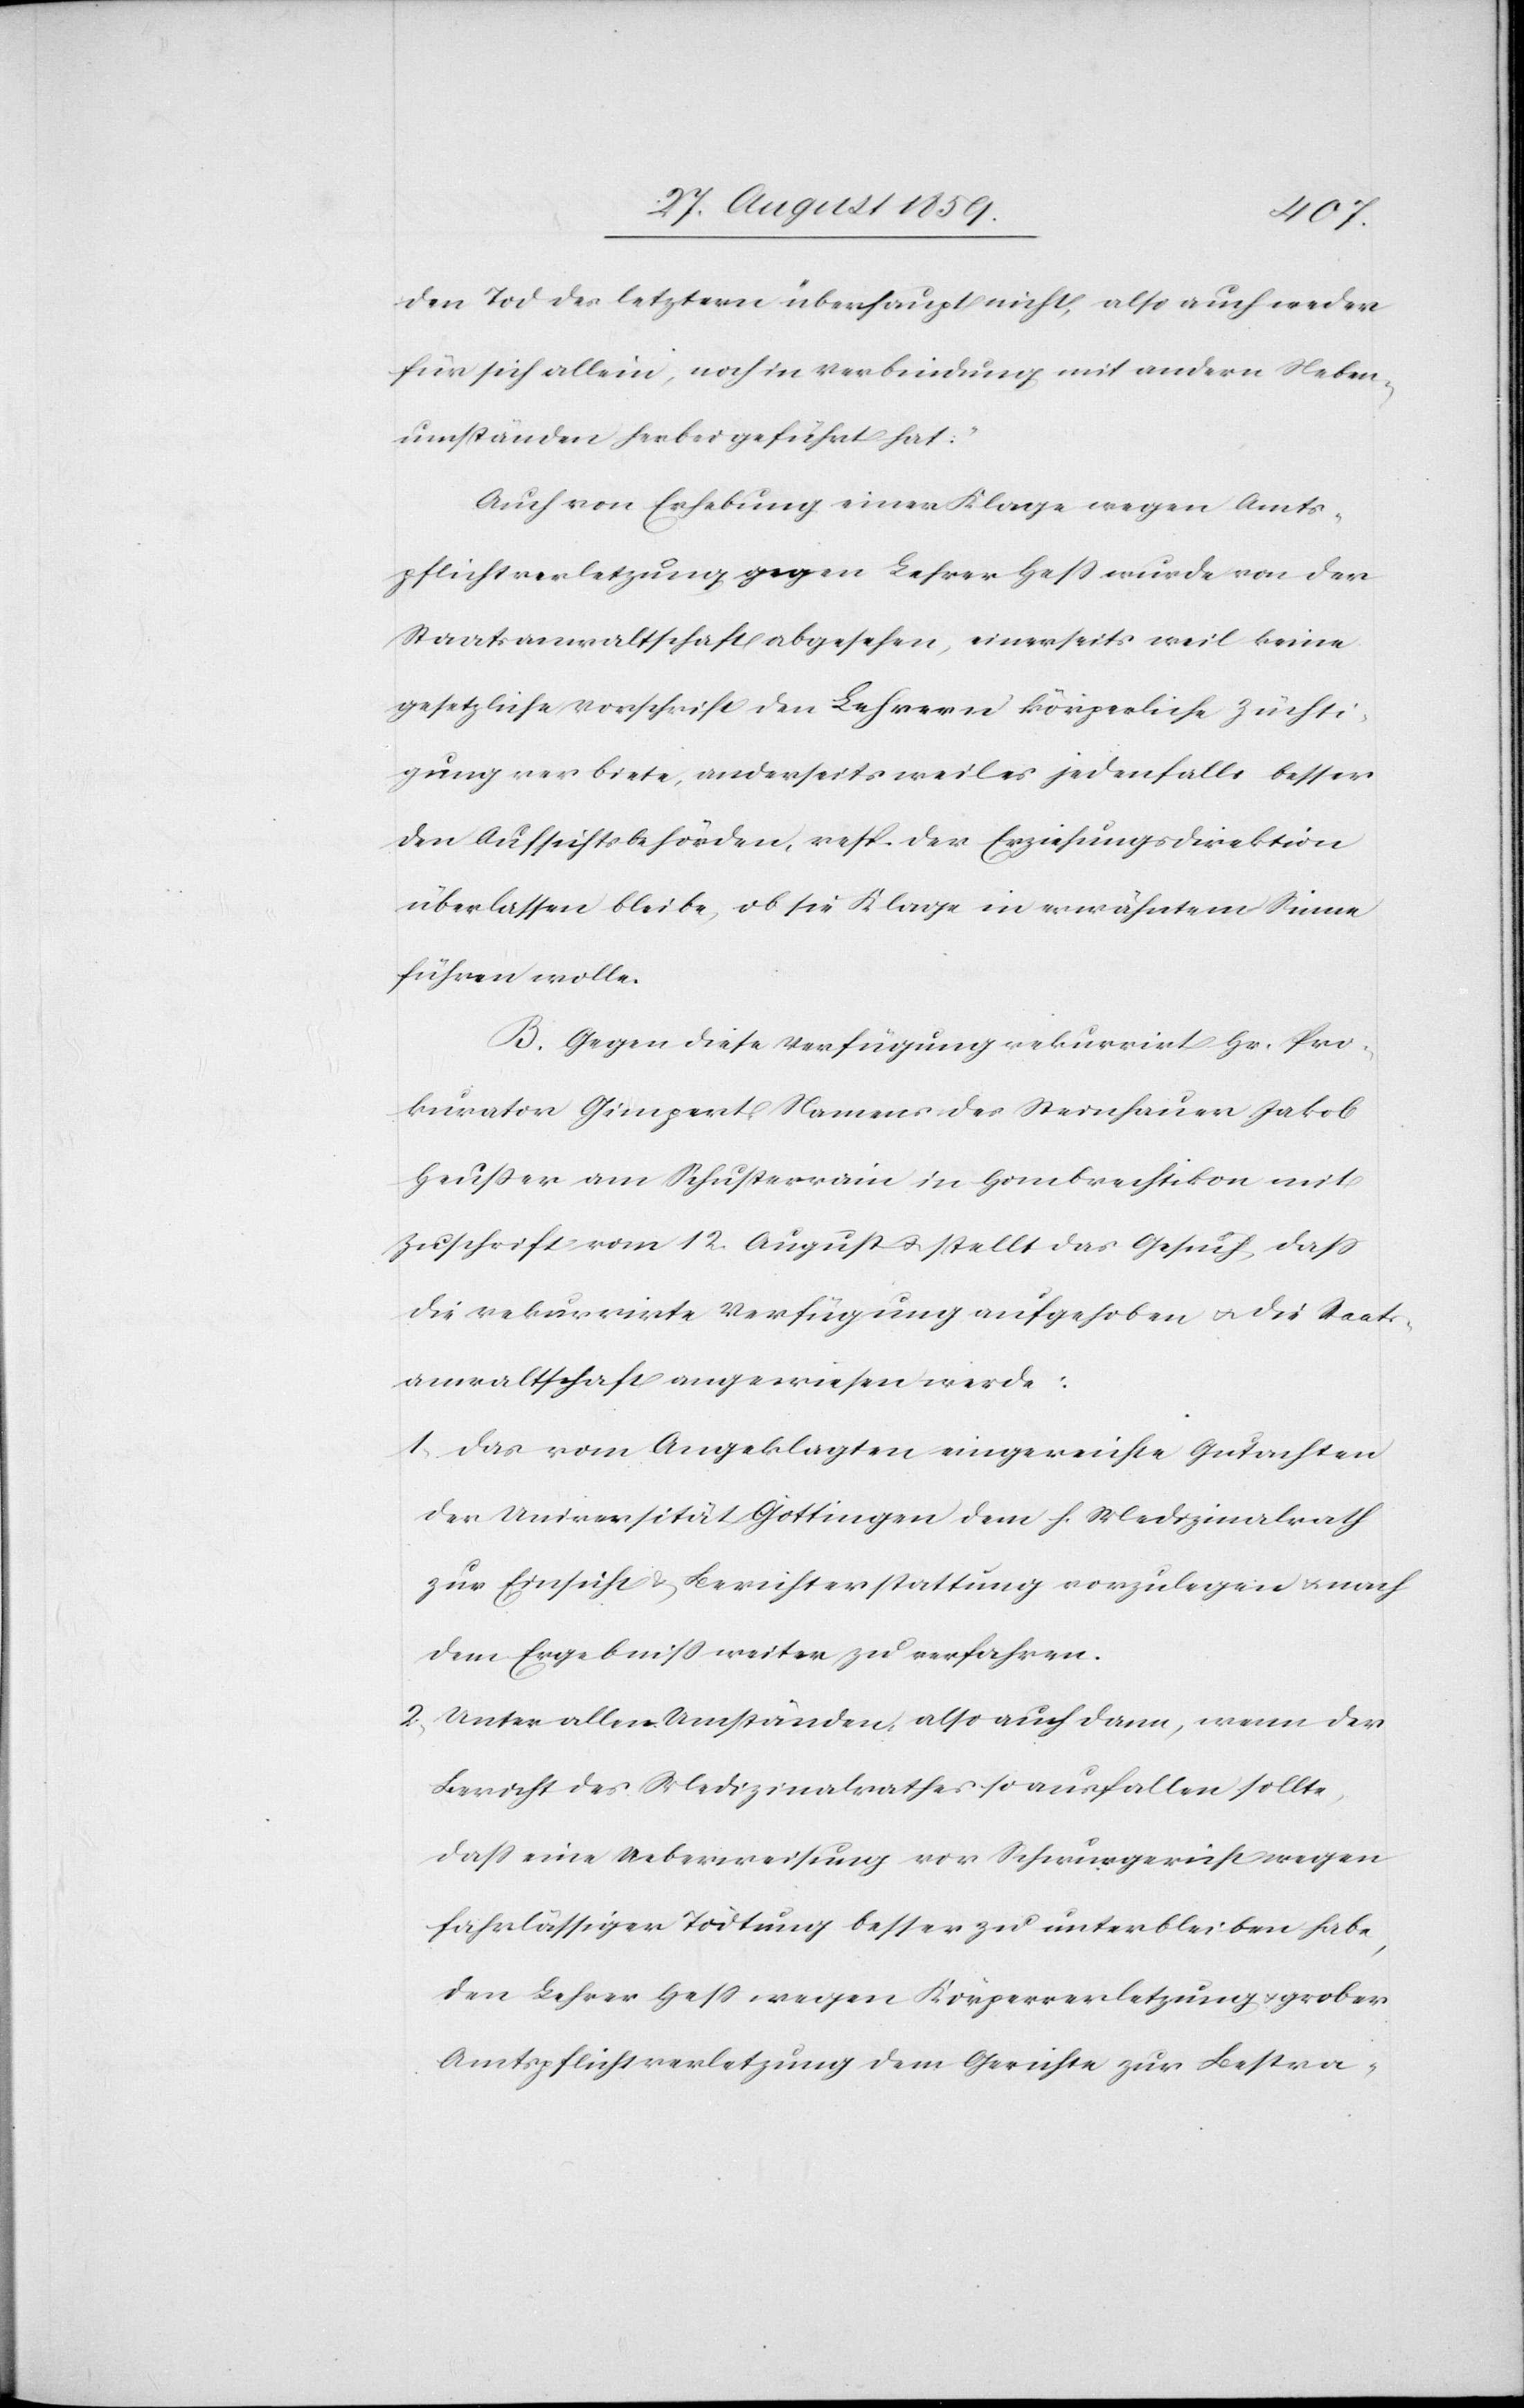
den Tode des letztern überhaupt nicht, also auch weder
für sich allein, noch in Verbindung mit andern Neben¬
umständen herbeigeführt hat“.
Auch von Erhebung einer Klage wegen Amts¬
pflichtverletzung gegen Lehrer Heß wurde von der
Staatsanwaltschaft abgesehen, einerseits weil keine
gesetzliche Vorschrift den Lehrern körperliche Züchti¬
gung verbiete, anderseits weil es jedenfalls besser
den Aufsichtsbehörden, resp. der Erziehungsdirektion
überlassen bleibe, ob sie Klage in erwähntem Sinne
führen wolle.
B. Gegen diese Verfügung rekurrirt Hr. Pro¬
kurator Gimpert Namens des Steinhauer Jakob
Heußer am Schusterrain in Hombrechtikon mit
Zuschrift vom 12. August & stellt das Gesuch, daß
die rekurrirte Verfügung aufgehoben & die Staats¬
anwaltschaft angewiesen werde:
1. Das vom Angeklagten eingereichte Gutachten
der Universität Göttingen dem H. Medizinalrath
zur Einsicht & Berichterstattung vorzulegen & nach
dem Ergebniß weiter zu verfahren.
2. Unter allen Umständen also auch dann, wenn der
Bericht des Medizinalrathes so ausfallen sollte,
daß eine Ueberweisung vor Schwurgericht wegen
fahrlässiger Tödtung besser zu unterbleiben habe,
den Lehrer Heß wegen Körperverletzung & grober
Amtspflichtverletzung dem Gerichte zur Bestra-